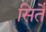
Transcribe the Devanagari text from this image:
सिर्ते